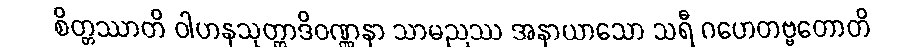
စိတ္တဿာတိ ဝါဟနသုတ္တာဒိဝဏ္ဏနာ သာမညဿ အနာယာသော သရီ ဂဟေတဗ္ဗတောတိ